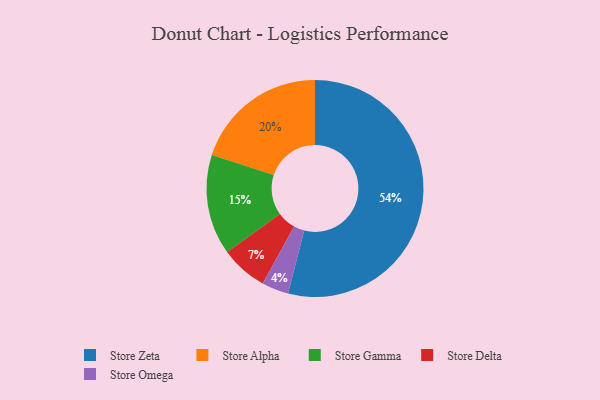
{"axis": {"x": "Category", "y": "Percentage"}, "legend": ["Store Alpha", "Store Delta", "Store Gamma", "Store Omega", "Store Zeta"], "data": [{"x": "Store Zeta", "y": 54, "type": "Store Zeta"}, {"x": "Store Omega", "y": 4, "type": "Store Omega"}, {"x": "Store Delta", "y": 7, "type": "Store Delta"}, {"x": "Store Alpha", "y": 20, "type": "Store Alpha"}, {"x": "Store Gamma", "y": 15, "type": "Store Gamma"}]}